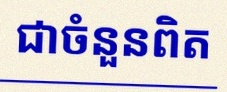
សន្មតថា x ជាចំនួនពិត